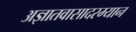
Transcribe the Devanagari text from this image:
अज्ञातवासादरम्यान